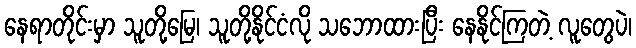
နေရာတိုင်းမှာ သူတို့မြေ၊ သူတို့နိုင်ငံလို သဘောထားပြီး နေနိုင်ကြတဲ့ လူတွေပဲ၊